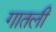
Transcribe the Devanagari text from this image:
गातली